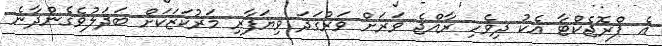
އެ ޕްރޮޖެކްޓާ އެކު ދިވެހި ރާއްޖެ ވަރަށް ވަރުގަދަ ވިޔަފާރި މަރުކަޒަކަށް ބަދަލުވެގެންދާނެ